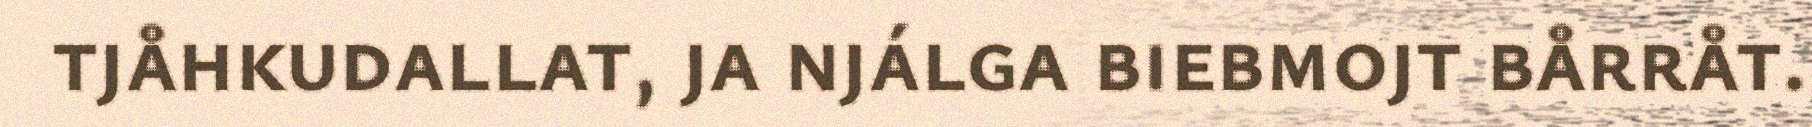
tjåhkudallat, ja njálga biebmojt bårråt.